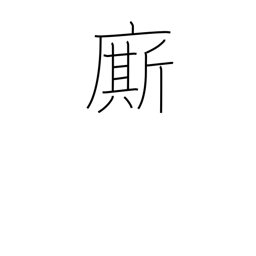
Meaning: servant